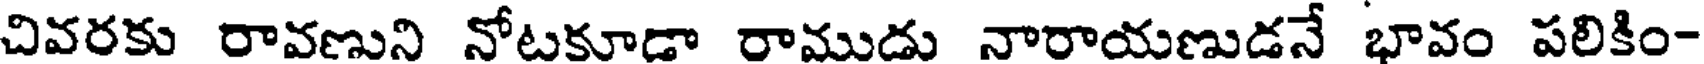
చివరకు రావణుని నోటకూడా రాముడు నారాయణుడనే భావం పలికిం-